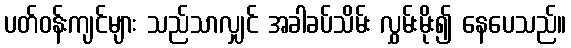
ပတ်ဝန်းကျင်များ သည်သာလျှင် အခါခပ်သိမ်း လွှမ်းမိုး၍ နေပေသည်။